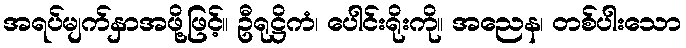
အရပ်မျက်နှာအဖို့ဖြင့်။ ဦရုဋ္ဌိကံ၊ ပေါင်းရိုးကို။ အညေန၊ တစ်ပါးသော